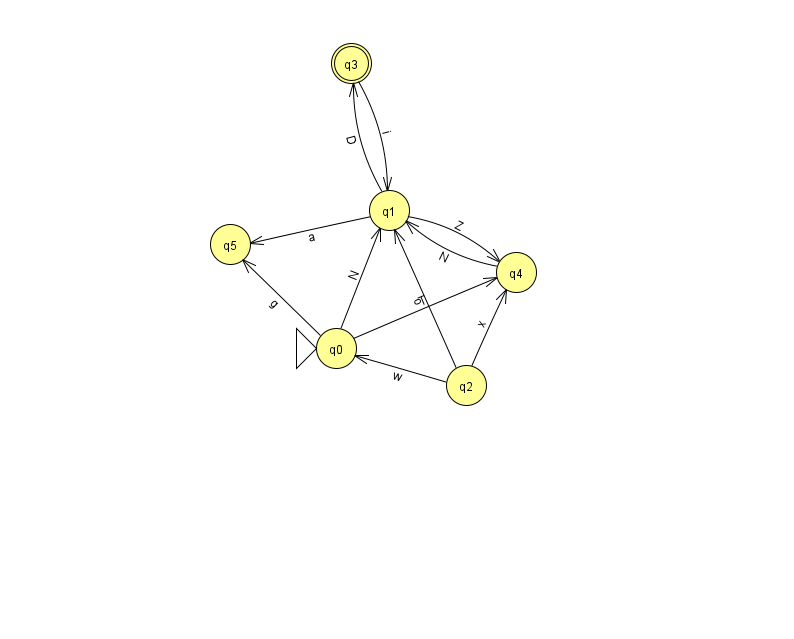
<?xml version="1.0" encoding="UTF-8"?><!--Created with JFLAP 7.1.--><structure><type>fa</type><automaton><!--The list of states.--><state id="0" name="q0"><x>336.0</x><y>335.0</y><initial/></state><state id="1" name="q1"><x>389.0</x><y>197.0</y></state><state id="2" name="q2"><x>466.0</x><y>372.0</y></state><state id="3" name="q3"><x>351.0</x><y>50.0</y><final/></state><state id="4" name="q4"><x>516.0</x><y>259.0</y></state><state id="5" name="q5"><x>230.0</x><y>231.0</y></state><!--The list of transitions.--><transition><from>1</from><to>3</to><read>D</read></transition><transition><from>1</from><to>5</to><read>a</read></transition><transition><from>0</from><to>1</to><read>N</read></transition><transition><from>0</from><to>5</to><read>g</read></transition><transition><from>2</from><to>4</to><read>x</read></transition><transition><from>3</from><to>1</to><read>i</read></transition><transition><from>1</from><to>4</to><read>Z</read></transition><transition><from>2</from><to>0</to><read>w</read></transition><transition><from>2</from><to>1</to><read>o</read></transition><transition><from>4</from><to>1</to><read>N</read></transition><transition><from>0</from><to>4</to><read>T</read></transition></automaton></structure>